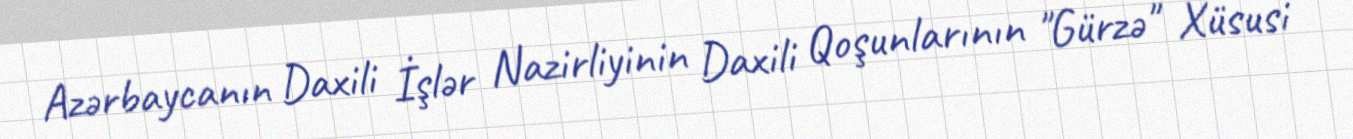
Azərbaycanın Daxili İşlər Nazirliyinin Daxili Qoşunlarının "Gürzə" Xüsusi